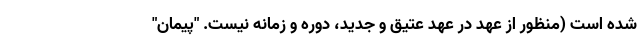
شده است (‌منظور از عهد در عهد عتیق و جدید، دوره و زمانه نیست. "پیمان"